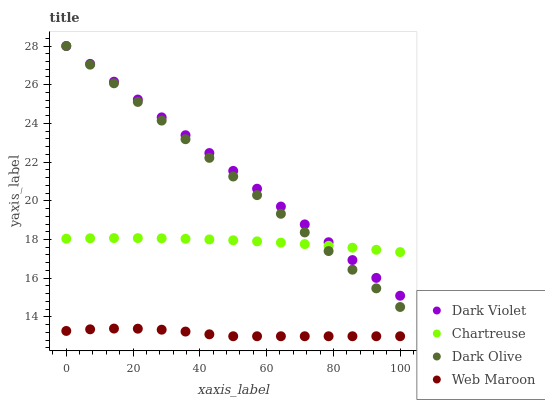
| xaxis_label | Dark Violet | Chartreuse | Dark Olive | Web Maroon |
 | --- | --- | --- | --- | --- |
 | 0 | 28 | 18 | 28 | 13.3 |
 | 7.14 | 27.1 | 18.1 | 27 | 13.4 |
 | 14.3 | 26.2 | 18.1 | 26.1 | 13.4 |
 | 21.4 | 25.2 | 18.1 | 25.1 | 13.4 |
 | 28.6 | 24.3 | 18.1 | 24.1 | 13.3 |
 | 35.7 | 23.4 | 18 | 23.2 | 13.2 |
 | 42.9 | 22.5 | 18 | 22.2 | 13.1 |
 | 50 | 21.5 | 18 | 21.3 | 13 |
 | 57.1 | 20.6 | 17.9 | 20.3 | 13 |
 | 64.3 | 19.7 | 17.8 | 19.3 | 13 |
 | 71.4 | 18.8 | 17.8 | 18.4 | 13 |
 | 78.6 | 17.9 | 17.7 | 17.4 | 13 |
 | 85.7 | 16.9 | 17.6 | 16.4 | 13 |
 | 92.9 | 16 | 17.5 | 15.5 | 13 |
 | 100 | 15.1 | 17.3 | 14.5 | 13 |